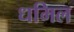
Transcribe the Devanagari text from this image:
धमिल